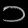
Digit: ၁